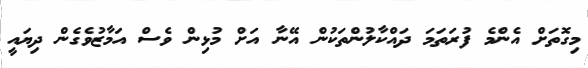
މިގޮތަށް އެންމެ ފުރަތަމަ ދައްކާލުންތަކުން އޭނާ އަށް މުޅިން ވެސް އަމާޒުވެގެން ދިޔައީ